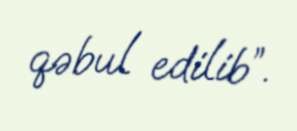
qəbul edilib”.